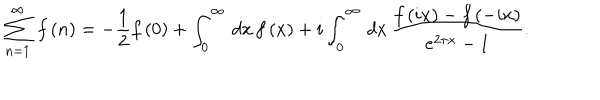
\sum _ { n = 1 } ^ { \infty } \, f \left( n \right) = - \frac { 1 } { 2 } f \left( 0 \right) + \int _ { 0 } ^ { \infty } \, d x \, f \left( x \right) + i \int _ { 0 } ^ { \infty } \, d x \, \frac { f \left( i x \right) - f \left( - i x \right) } { e ^ { 2 \pi x } - 1 } .